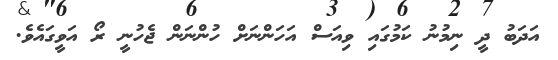
އަދަބު ދީ ނިމުނު ކަމުގައި ވިއަސް އަހަންނަށް ހުންނަން ޖެހުނީ ރޯ އަވީގައެވެ.